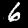
Label: 6